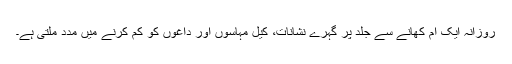
روزانہ ایک آم کھانے سے جلد پر گہرے نشانات، کیل مہاسوں اور داغوں کو کم کرنے میں مدد ملتی ہے۔